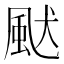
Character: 𩖮